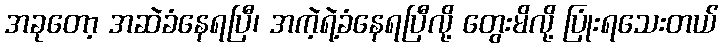
အခုတော့ အဆဲခံနေရပြီ၊ အကဲ့ရဲ့ခံနေရပြီလို့ တွေးမိလို့ ပြုံးရသေးတယ်